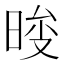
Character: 𣇚